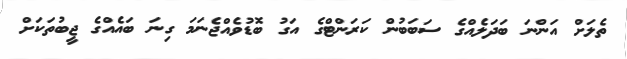
ތެލަށް އަންނަ ބަދަލެއްގެ ސަބަބުން ކަރަންޓްގެ އަގު ބޮޑުވެއްޖެނަމަ ގިނަ ބައެއްގެ ޖީބުތަކަށް